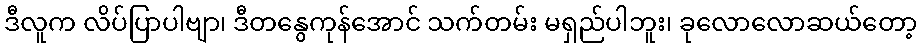
ဒီလူက လိပ်ပြာပါဗျာ၊ ဒီတနွေကုန်အောင် သက်တမ်း မရှည်ပါဘူး၊ ခုလောလောဆယ်တော့